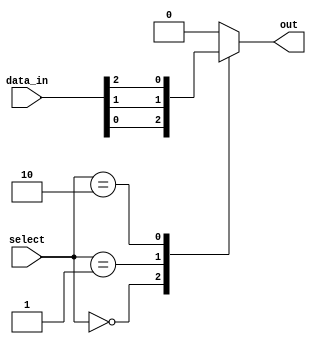
module mux_64to1 (
    input [63:0] data_in,
    input [5:0] select,
    output reg out
);

always @*
begin
    case (select)
        6'h00: out = data_in[0];
        6'h01: out = data_in[1];
        6'h02: out = data_in[2];
        // Continue for all 64 input signals
        default: out = 64'h0; // Default case when select signal is invalid
    endcase
end

endmodule